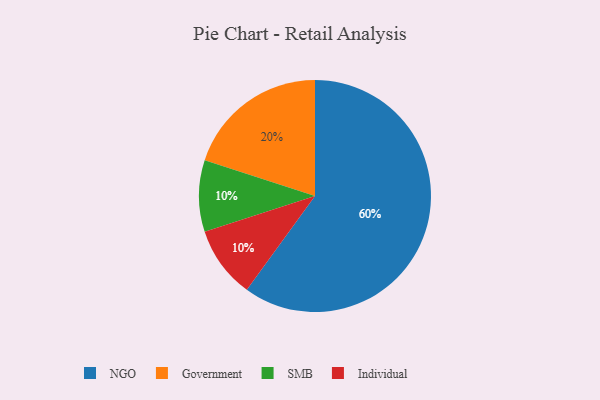
{"axis": {"x": "Category", "y": "Percentage"}, "legend": ["Government", "Individual", "NGO", "SMB"], "data": [{"x": "SMB", "y": 10, "type": "SMB"}, {"x": "Individual", "y": 10, "type": "Individual"}, {"x": "Government", "y": 20, "type": "Government"}, {"x": "NGO", "y": 60, "type": "NGO"}]}